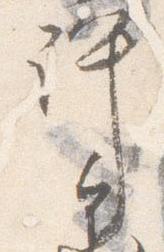
許